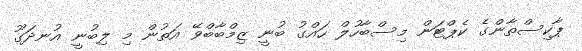
ޕާކިސްތާންގެ ކެޕްޓަން މިސްބާހުލް ހައްގު ބުނީ ޒިމްބާބްވޭ އަތުން މި ލިބުނީ އުނދަގޫ